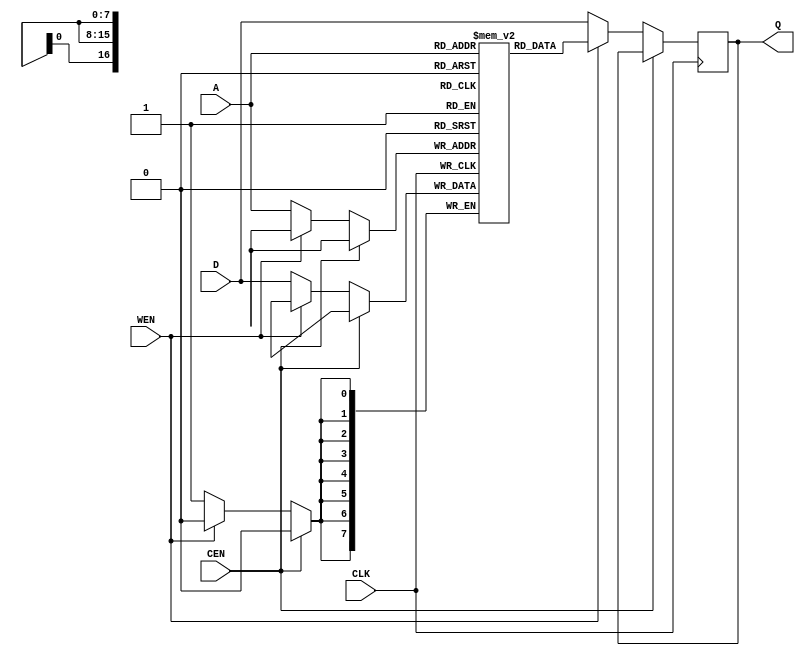
/*
Copyright (c) 2019 Alibaba Group Holding Limited

Permission is hereby granted, free of charge, to any person obtaining a copy of this software and associated documentation files (the "Software"), to deal in the Software without restriction, including without limitation the rights to use, copy, modify, merge, publish, distribute, sublicense, and/or sell copies of the Software, and to permit persons to whom the Software is furnished to do so, subject to the following conditions:

The above copyright notice and this permission notice shall be included in all copies or substantial portions of the Software.

THE SOFTWARE IS PROVIDED "AS IS", WITHOUT WARRANTY OF ANY KIND, EXPRESS OR IMPLIED, INCLUDING BUT NOT LIMITED TO THE WARRANTIES OF MERCHANTABILITY, FITNESS FOR A PARTICULAR PURPOSE AND NONINFRINGEMENT. IN NO EVENT SHALL THE AUTHORS OR COPYRIGHT HOLDERS BE LIABLE FOR ANY CLAIM, DAMAGES OR OTHER LIABILITY, WHETHER IN AN ACTION OF CONTRACT, TORT OR OTHERWISE, ARISING FROM, OUT OF OR IN CONNECTION WITH THE SOFTWARE OR THE USE OR OTHER DEALINGS IN THE SOFTWARE.

*/
module fpga_byte_spram(
  A,
  CEN,
  CLK,
  D,
  Q,
  WEN   
);

parameter  ADDRWIDTH = 17;
parameter  DATAWIDTH = 8;
parameter  MEMDEPTH  = 2**(ADDRWIDTH);


input   [(ADDRWIDTH-1) :0]  A;
input           CEN;
input           CLK;
input   [(DATAWIDTH-1):0]  D;
input           WEN;
output  [(DATAWIDTH-1):0]  Q;

reg     [(DATAWIDTH-1):0]  Q;
reg     [(DATAWIDTH-1):0]  mem[(MEMDEPTH-1):0];

always@(posedge CLK)
begin
  if(!CEN)
  begin
    if(!WEN)
    begin
      mem[A] <= D;
      Q      <= D;
    end
    else
    begin
      Q      <= mem[A];
    end
  end
end
endmodule